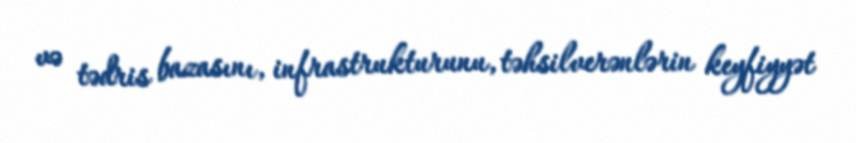
və tədris bazasını, infrastrukturunu, təhsilverənlərin keyfiyyət